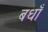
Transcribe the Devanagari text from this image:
बधाँ